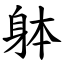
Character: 躰